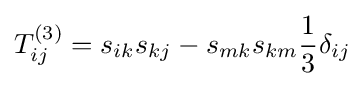
T_{ij}^{(3)}=s_{ik}s_{kj}-s_{mk}s_{km}{\frac {1}{3}}\delta _{ij}